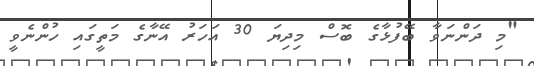
"މި ދަންނަވާ ބޭފުޅާގެ ބޮސް މިދިޔަ 30 އަހަރު އޭނާގެ މަތީގައި ހުންނެވީ